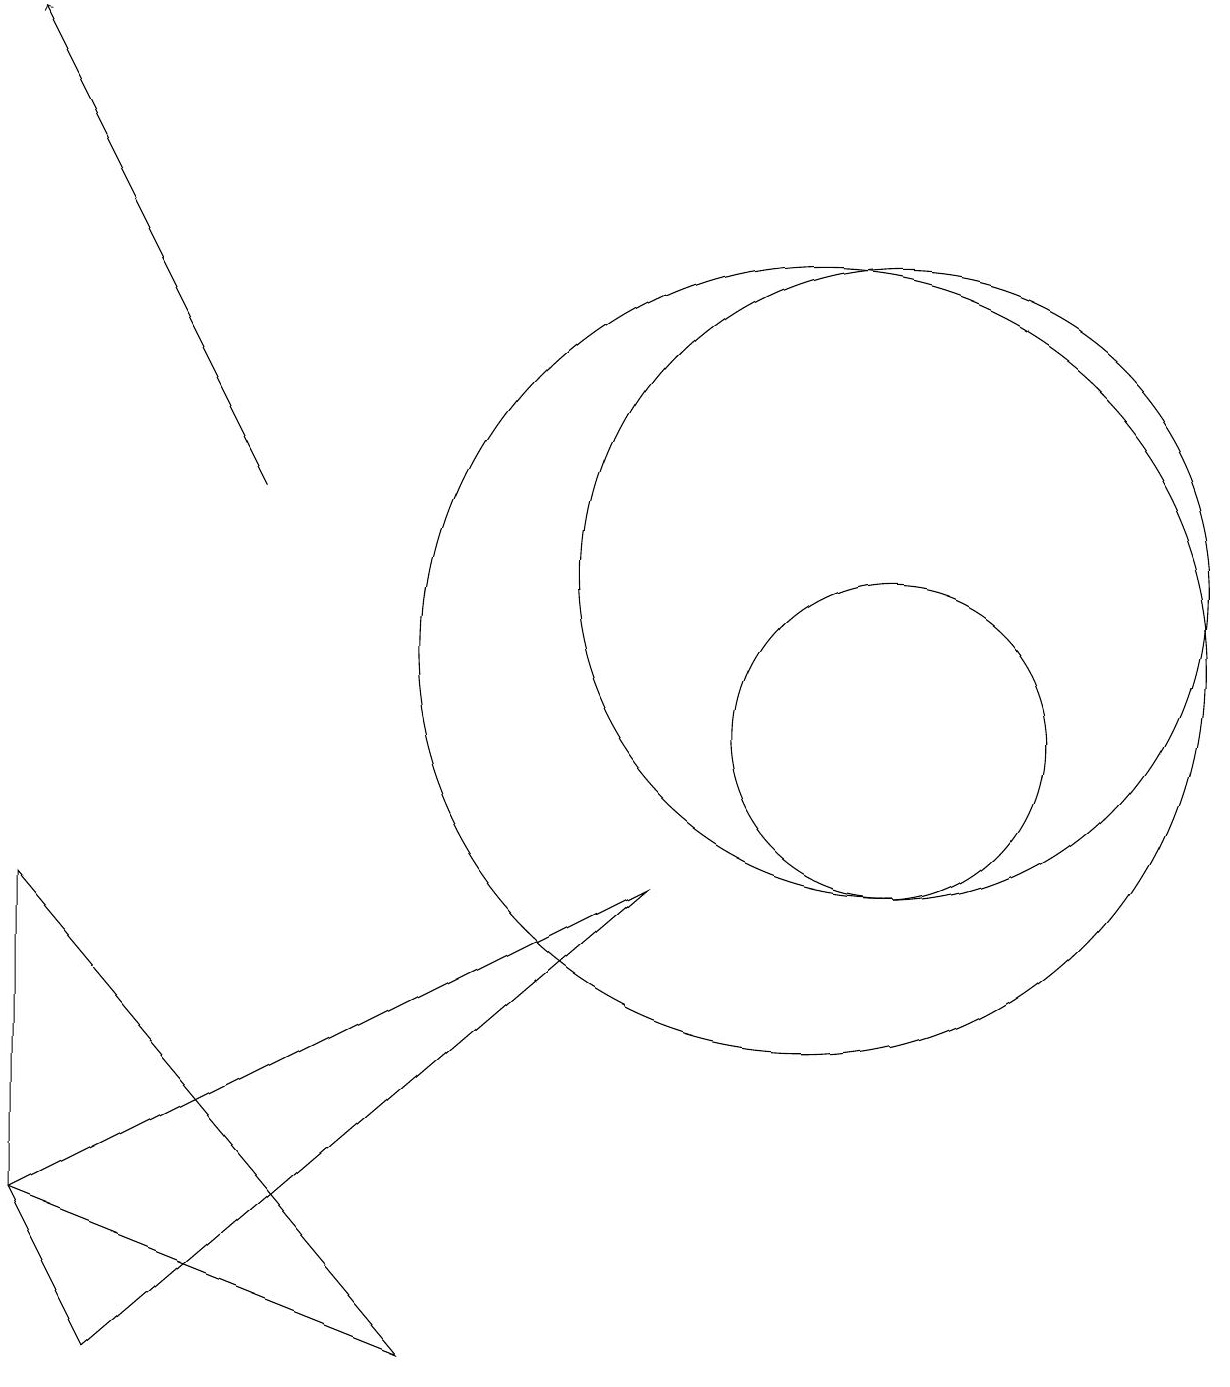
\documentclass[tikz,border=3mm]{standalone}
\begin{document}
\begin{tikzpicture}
\draw (11,10) circle (2);
\draw (11,12) circle (4);
\draw (5,2) -- (0,8) -- (0,4) -- cycle;
\draw[->] (3,13) -- (0,19);
\draw (1,2) -- (0,4) -- (8,8) -- cycle;
\draw (10,11) circle (5);
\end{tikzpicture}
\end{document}